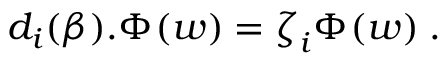
d _ { i } ( \beta ) . \Phi ^ { \l } ( w ) = \zeta _ { i } ^ { \l } \Phi ^ { \l } ( w ) \; .